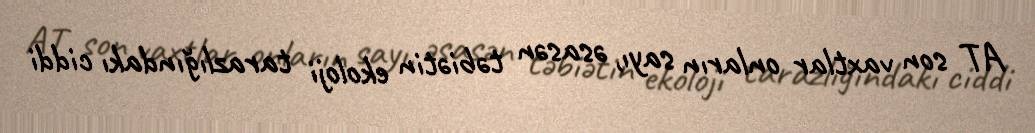
AT son vaxtlar onların sayı, əsasən təbiətin ekoloji tarazlığındakı ciddi